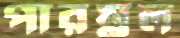
পারম্নল